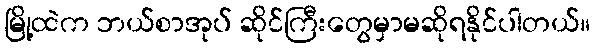
မြို့ထဲက ဘယ်စာအုပ် ဆိုင်ကြီးတွေမှာမဆိုရနိုင်ပါတယ်။